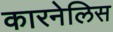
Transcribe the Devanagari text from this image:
कारनेलिस